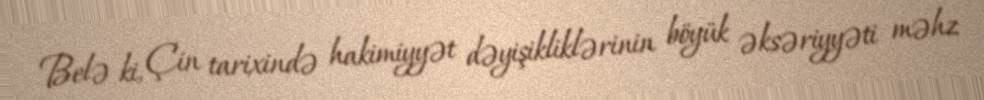
Belə ki, Çin tarixində hakimiyyət dəyişikliklərinin böyük əksəriyyəti məhz